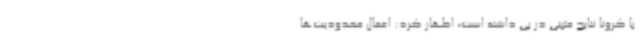
با کرونا نتایج مثبتی در پی داشته است، اظهار کرد: اعمال محدودیت‌ها